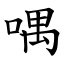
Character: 喁